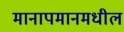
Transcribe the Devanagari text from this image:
मानापमानमधील